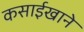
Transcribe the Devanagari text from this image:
कसाईखाने